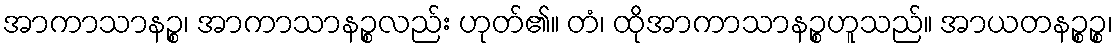
အာကာသာနဉ္စ၊ အာကာသာနဉ္စလည်း ဟုတ်၏။ တံ၊ ထိုအာကာသာနဉ္စဟူသည်။ အာယတနဉ္စဉ္စ၊